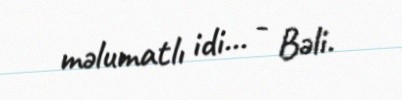
məlumatlı idi... - Bəli.